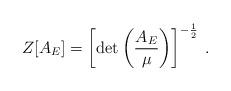
LaTeX: \begin{align*}Z[A_{E}]=\left[ \mbox{det} \left( \frac{A_{E}}{\mu} \right) \right]^{-\frac{1}{2}} \: .\end{align*}